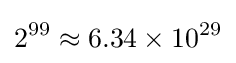
2^{99}\approx 6.34\times 10^{29}